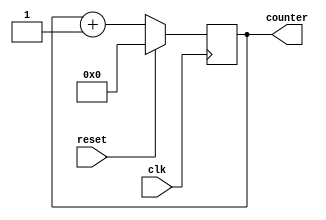
module counter(
	clk,
	reset,
	counter
);
input clk, reset;
output reg [7:0] counter;

always @(negedge clk) begin
	if(reset)
		counter <= 8'd0;
	else
		counter <= counter + 8'd1;
end
endmodule